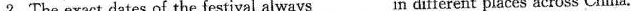
2.The exact dates of the festival always___n different places across China.